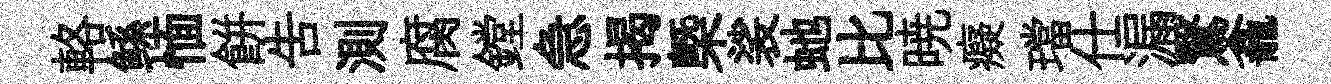
輅鲧愐餅吿測腐鏜急揭槩裟虵比暁癡璫仕漏鷖龕